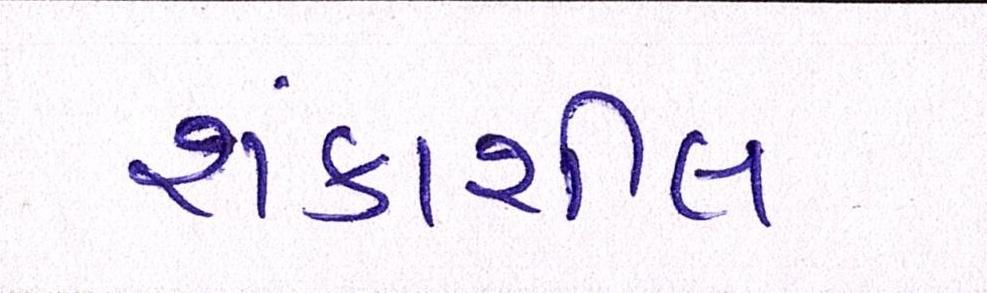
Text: શંકાશીલ